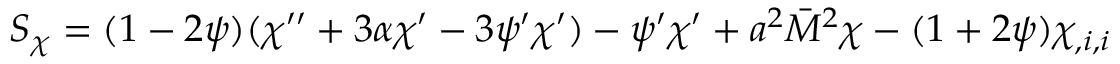
S _ { \chi } = ( 1 - 2 \psi ) ( \chi ^ { \prime \prime } + 3 \alpha \chi ^ { \prime } - 3 \psi ^ { \prime } \chi ^ { \prime } ) - \psi ^ { \prime } \chi ^ { \prime } + a ^ { 2 } \bar { M } ^ { 2 } \chi - ( 1 + 2 \psi ) \chi _ { , i , i }